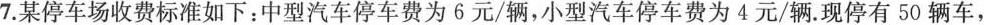
7.某停车场收费标准如下：中型汽车停车费为6元/辆，小型汽车停车费为4元/辆。现停有50辆车，